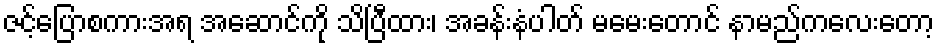
ဇင့်ပြောစကားအရ အဆောင်ကို သိပြီထား၊ အခန်းနံပါတ် မမေးတောင် နာမည်ကလေးတော့